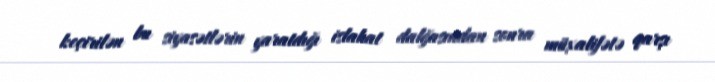
keçirilən bu siyasətlərin yaratdığı islahat dalğasından sonra müxalifətə qarşı